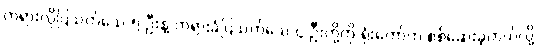
တရားလိုပြသက်သေ ၅ ဦးနဲ့ တရားခံပြသက်သေ ၄ ဦးတို့ကို ရုံးတော်က စစ်ဆေးခဲ့တယ်လို့